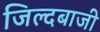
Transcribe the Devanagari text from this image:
जिल्दबाजी